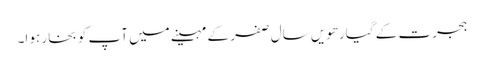
ہجرت کے گیارھویں سال صفر کے مہینے میں آپ کو بخار ہو ا۔